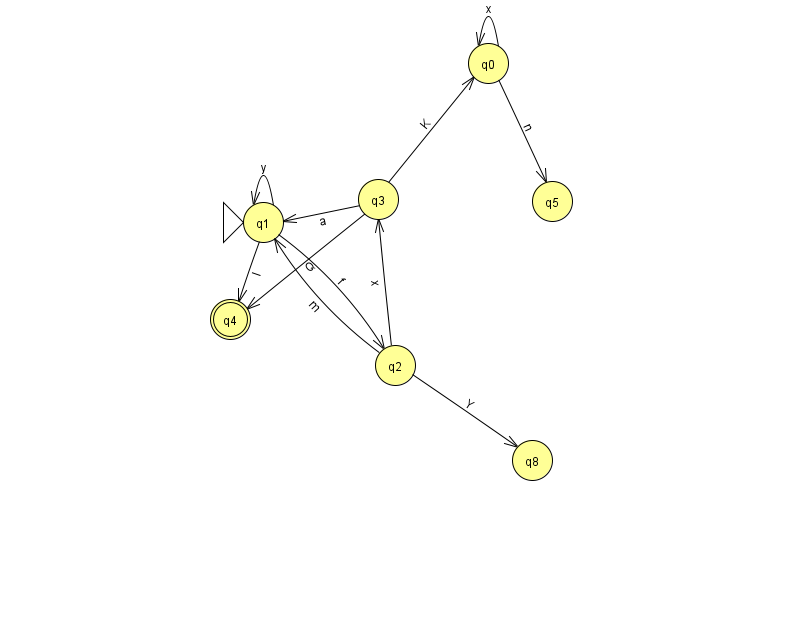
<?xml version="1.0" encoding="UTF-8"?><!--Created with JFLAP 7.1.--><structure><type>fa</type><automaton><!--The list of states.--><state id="0" name="q0"><x>488.0</x><y>50.0</y></state><state id="1" name="q1"><x>263.0</x><y>209.0</y><initial/></state><state id="2" name="q2"><x>395.0</x><y>352.0</y></state><state id="3" name="q3"><x>378.0</x><y>186.0</y></state><state id="4" name="q4"><x>230.0</x><y>306.0</y><final/></state><state id="5" name="q5"><x>552.0</x><y>188.0</y></state><state id="8" name="q8"><x>532.0</x><y>447.0</y></state><!--The list of transitions.--><transition><from>1</from><to>4</to><read>I</read></transition><transition><from>2</from><to>1</to><read>m</read></transition><transition><from>3</from><to>4</to><read>Q</read></transition><transition><from>3</from><to>0</to><read>K</read></transition><transition><from>0</from><to>0</to><read>x</read></transition><transition><from>1</from><to>1</to><read>y</read></transition><transition><from>1</from><to>2</to><read>f</read></transition><transition><from>3</from><to>1</to><read>a</read></transition><transition><from>2</from><to>8</to><read>Y</read></transition><transition><from>0</from><to>5</to><read>n</read></transition><transition><from>2</from><to>3</to><read>x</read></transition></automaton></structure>